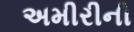
અમીરીની